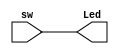
`timescale 1ns / 1ps
//////////////////////////////////////////////////////////////////////////////////
// Company: 
// Engineer: 
// 
// Design Name: 
// Module Name:    LightSwitch 
// Project Name: 
// Target Devices: 
// Tool versions: 
// Description: 
//
// Dependencies: 
//
// Revision: 
// Revision 0.01 - File Created
// Additional Comments: 
//
//////////////////////////////////////////////////////////////////////////////////
module LightSwitch(
    input sw,
    output Led
    );

    assign Led = sw;

endmodule